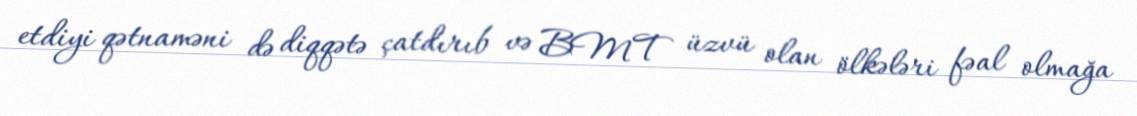
etdiyi qətnaməni də diqqətə çatdırıb və BMT üzvü olan ölkələri fəal olmağa